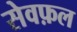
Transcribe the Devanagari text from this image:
सेवफ़ल